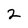
Character: 2